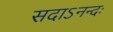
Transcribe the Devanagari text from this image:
सदाऽनन्दः